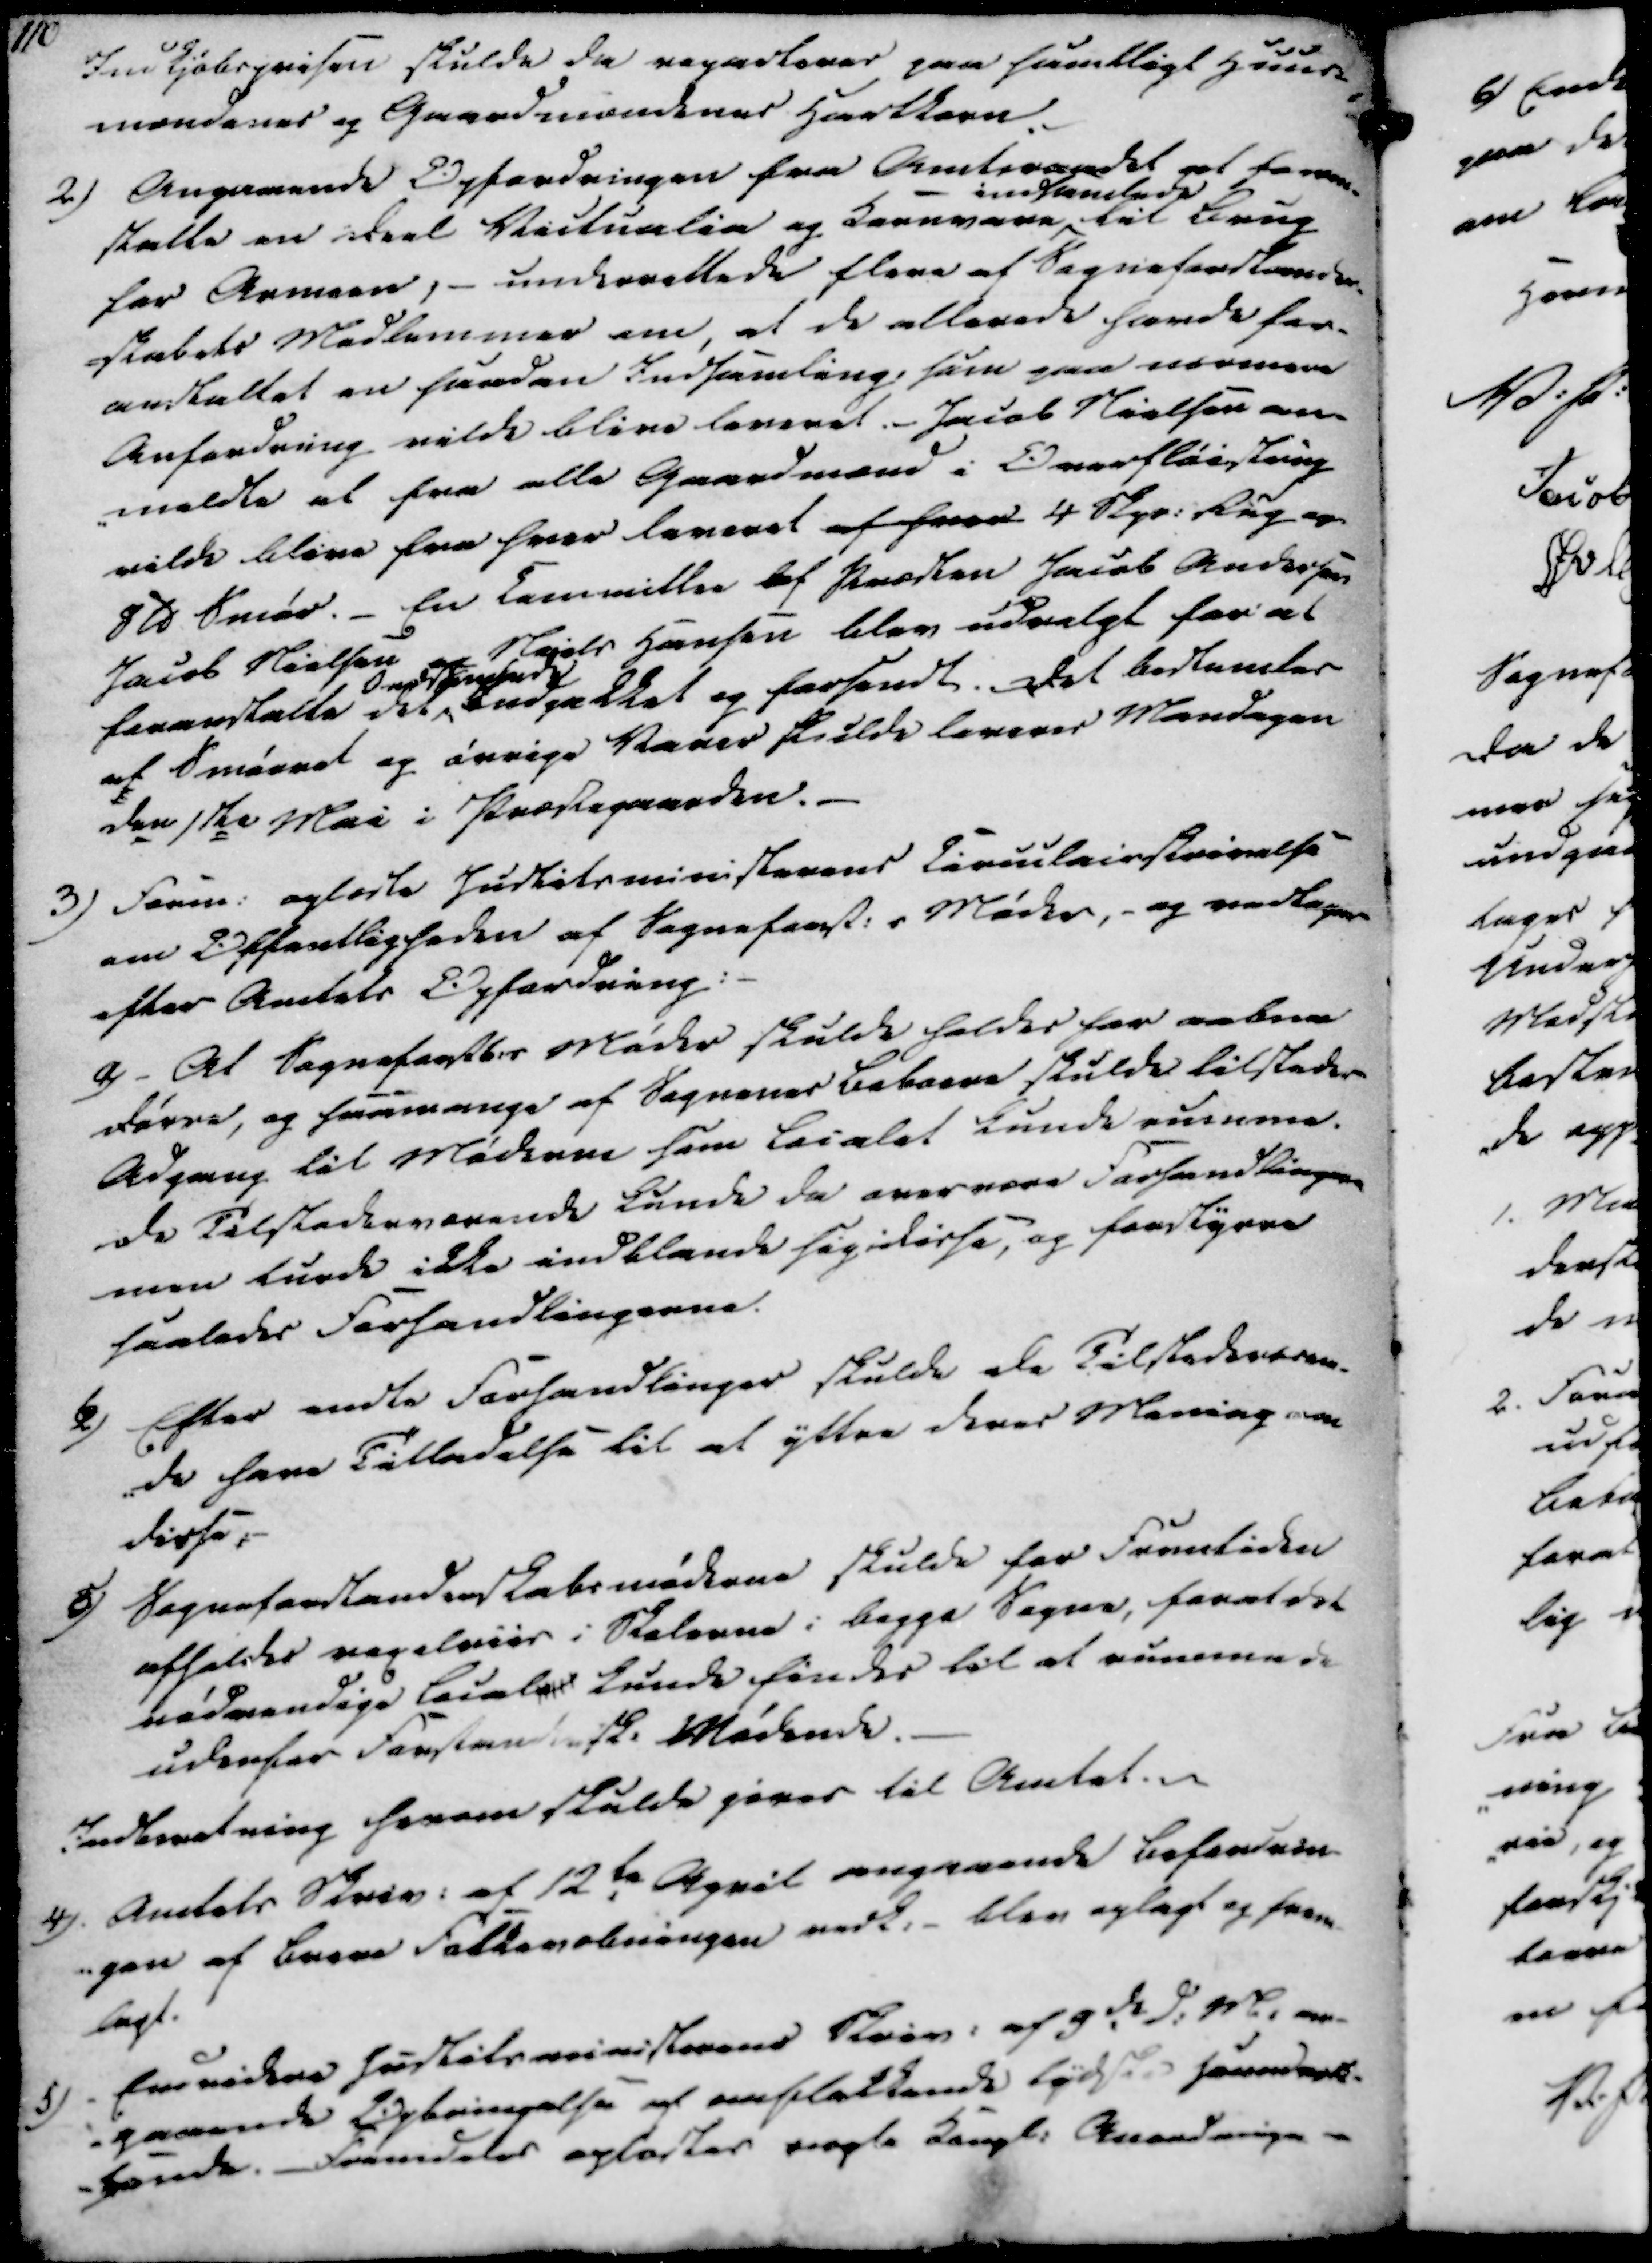
Transskription:
110

Indkjøbsprisen skulde da reparteres paa samtligt Huus-
mændenes og Gaardmændenes Hartkorn.
2) Angaaende Opfordringen fra Amtraadet at fore-
stalte en Deel Vietualie og Kornvare
indsamlede
til Brug
for Armeen, - underrettede flere af Sogneforstander-
-skabets Medlemmer om, at de allerede havde for-
anstaltet en saadan indsamling, som paa nærmere
Anfordring vilde blive leveret. Jacob Nielsen an-
-meldte at fra alle Gaardmænd i Overfløistrup
vilde blive fra hver leveret af hver 4 Skp. Rug og
8 Td Smør. En Committee af Præsten Jacob Andersen
Jacob Nielsen og Niels Hansen blev udvalgt for at
foranstalte det
Omstemende
Indpakket og forsendt. Det bestemtes
at Smørret og øvrige Varer skulde leveres Mandagen
den 1ste Mai i Præstegaarden.

3) Form. oplæste Justitsministerens Circulairskrivelse
om Offentligheden af Sogneforst.s Møder, - og vedtages
efter Amtets Opfordring:
a) At Sogneforstb.s Møder skulde holdes for aabne
Dørre, og saamange af Sognenes Beboere skulde tilstedes
Adgang til Møderne som Localet kunde rumme.
De Tilstederværende kunde da overvære Forhandlingerne
men kunde ikke indblande sig disse, og forstyrre
saaledes Forhandlingerne.

b) Efter endte Forhandlinger skulde de Tilstedeværen-
-de have Tilladelse til at yttre deres Mening om
disse.

c) Sogneforstanderskabsmøderne skulde for Fremtiden
afholdes regelviis i Skolerne i begge Sogne, forat det
nødvendige Locale kunde findes til at rummede
udenfor Forstandersk. Mødende.
Indberetning herom skulde gives til Amtet.

4) Amtets Skriv. af 12te April angaaende befordring-
-gen af Barne Folkevæbningen vedt. blev oplæst og frem-
lagt.
5) Endvidere Justitsministerens Skriv. af 9de d.M. an-
-gaaende Opbringelse af omflakkende lydste Hernderk-
-bonde. Fremdeles oplæstes nogle Kongl. Anordninger